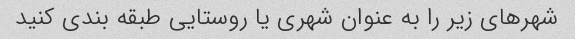
شهرهای زیر را به عنوان شهری یا روستایی طبقه بندی کنید